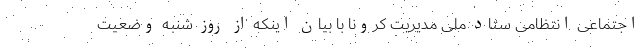
اجتماعی انتظامی ستاد ملی مدیریت کرونا با بیان اینکه از روز شنبه وضعیت